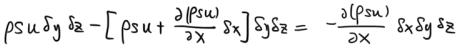
$\rho s u \delta y \delta z-\left[\rho s u+\frac{\partial(\rho s u)}{\partial x} \delta x\right] \delta y \delta z=-\frac{\partial(\rho s u)}{\partial x} \delta x \delta y \delta z$